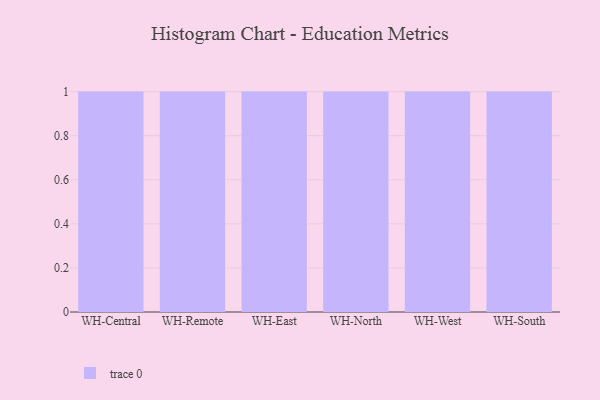
{"axis": {"x": "Warehouse", "y": "Population (Million)"}, "legend": [""], "data": [{"x": "WH-Central", "y": 7, "type": ""}, {"x": "WH-Remote", "y": 20, "type": ""}, {"x": "WH-East", "y": 69, "type": ""}, {"x": "WH-North", "y": 91, "type": ""}, {"x": "WH-West", "y": 2, "type": ""}, {"x": "WH-South", "y": 76, "type": ""}]}